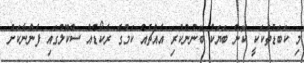
މި ކަބަޑުތަކަކީ ކޮން ބަޔަކު ބޭނުންކުރި އެއްޗެއް ކަމުގެ ރެކޯޑެއް ސްކޫލުގައި ފެންނާކަށް